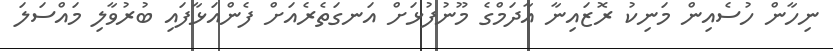
ނިހާން ހުސެއިން މަނިކު ރޮޒައިނާ އާދަމްގެ މޫނުފުޅަށް އަނގަތެރެއަށް ފެންއަޅާފައި ބުރުވާލި މައްސަލަ